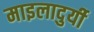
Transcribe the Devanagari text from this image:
माइलादुर्यी